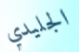
الجليدي